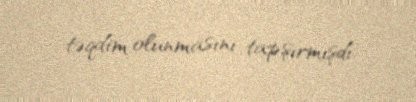
təqdim olunmasını tapşırmışdı.